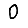
Digit: 0